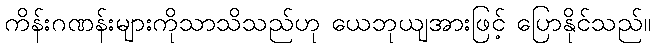
ကိန်းဂဏန်းများကိုသာသိသည်ဟု ယေဘုယျအားဖြင့် ပြောနိုင်သည်။